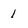
Character: 1